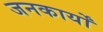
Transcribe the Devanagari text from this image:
जनकार्यों